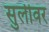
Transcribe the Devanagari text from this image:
सुलीवर